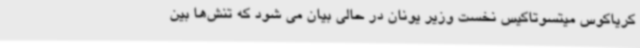
کریاکوس میتسوتاکیس نخست وزیر یونان در حالی بیان می شود که تنش‌ها بین